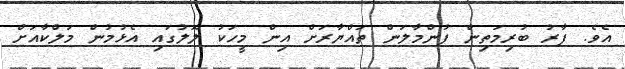
އެވެ. ފާރު ބުރިމަތިން ފުންމާލަން ތައްޔާރަށް އިން މީހަކު ލޮލުގައި އެޅުމުން މަލްކާއަށް